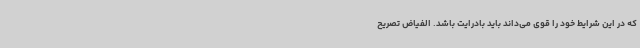
که در این شرایط خود را قوی می‌داند باید بادرایت باشد. الفیاض تصریح